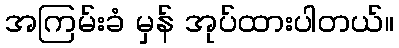
အကြမ်းခံ မှန် အုပ်ထားပါတယ်။